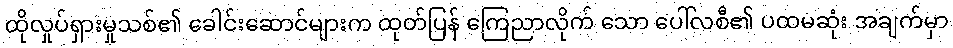
ထိုလှုပ်ရှားမှုသစ်၏ ခေါင်းဆောင်များက ထုတ်ပြန် ကြေညာလိုက် သော ပေါ်လစီ၏ ပထမဆုံး အချက်မှာ